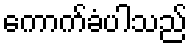
ကောက်ခံပါသည်